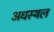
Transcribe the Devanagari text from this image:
अधस्थल